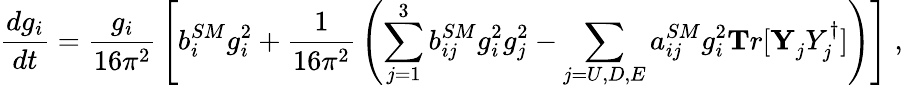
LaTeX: {\frac{dg_{i}}{dt}}={\frac{g_{i}}{16\pi^{2}}}\left[b_{i}^{SM}g_{i}^{2}+{\frac{1}{16\pi^{2}}}\left(\sum_{j=1}^{3}b_{ij}^{SM}g_{i}^{2}g_{j}^{2}-\sum_{j=U,D,E}a_{ij}^{SM}g_{i}^{2}{\mathbf Tr}[{\mathbf Y_{j}^{}Y_{j}^{\dagger}}]\right)\right]\; ,